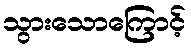
သွားသောကြောင့်